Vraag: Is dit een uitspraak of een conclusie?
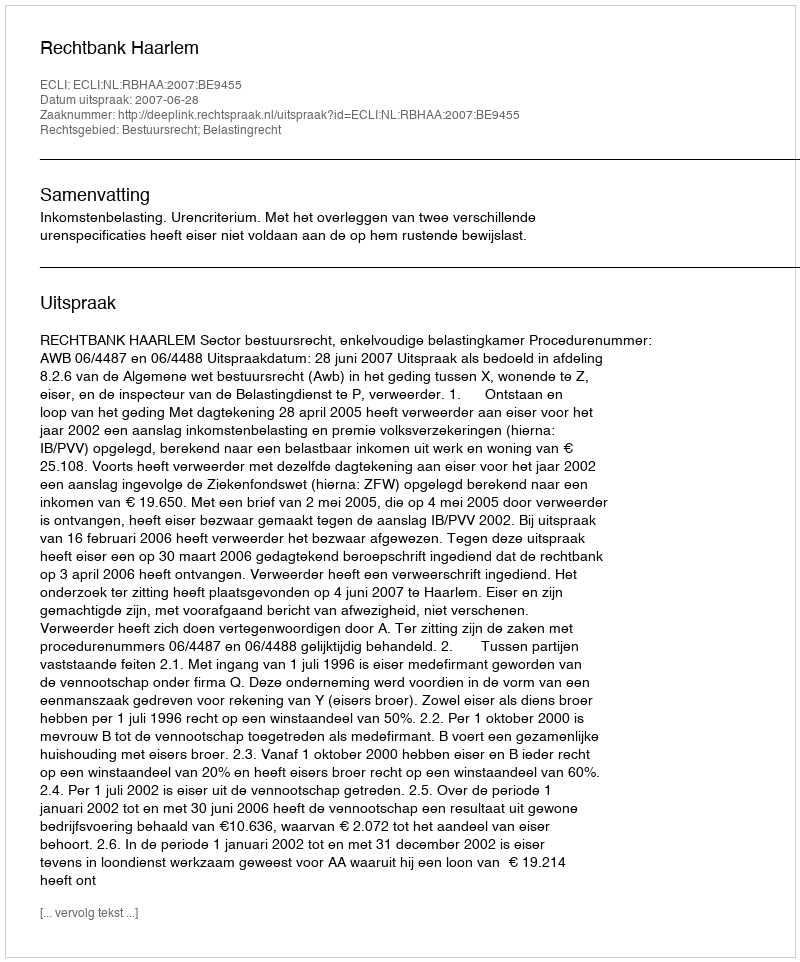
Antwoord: Uitspraak